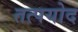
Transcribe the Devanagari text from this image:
तत्पयोद